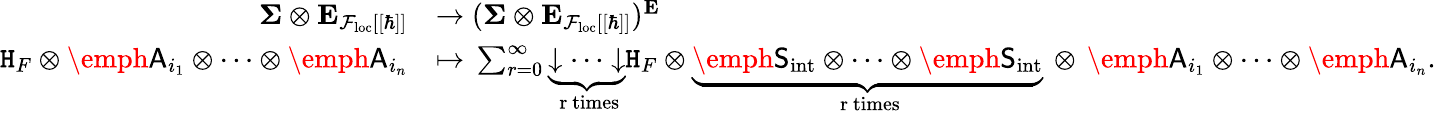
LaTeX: \begin{array}{rl}{\boldsymbol{\Sigma}\otimes\textbf{E}_{\mathcal{F}_{\mathrm{loc}}[[\hbar]]}}&{\to(\boldsymbol{\Sigma}\otimes\textbf{E}_{\mathcal{F}_{\mathrm{loc}}[[\hbar]]})^{\textbf{E}}}\\ {\mathtt{H}_{F}\otimes\emph{\textsf{A}}_{i_{1}}\otimes\dots\otimes\emph{\textsf{A}}_{i_{n}}}&{\mapsto\, \sum_{r=0}^{\infty}\underbrace{\downarrow\dots\downarrow}_{\mathrm{~r~times}}\mathtt{H}_{F}\otimes\underbrace{\emph{\textsf{S}}_{\mathrm{int}}\otimes\dots\otimes\emph{\textsf{S}}_{\mathrm{int}}}_{\mathrm{~r~times}}\, \otimes\, \emph{\textsf{A}}_{i_{1}}\otimes\dots\otimes\emph{\textsf{A}}_{i_{n}}.}\end{array}